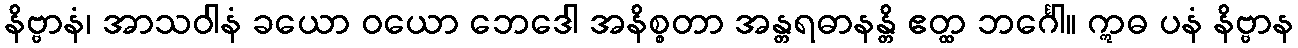
နိဗ္ဗာနံ၊ အာသဝါနံ ခယော ဝယော ဘေဒေါ အနိစ္စတာ အန္တရဓာနန္တိ ဧတ္ထ ဘင်္ဂေါ။ ဣဓ ပနံ နိဗ္ဗာန